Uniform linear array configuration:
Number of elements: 8
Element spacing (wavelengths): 0.25
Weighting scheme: cosine
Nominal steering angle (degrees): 0
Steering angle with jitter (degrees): -1.533
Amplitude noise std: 0.05
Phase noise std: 0.05

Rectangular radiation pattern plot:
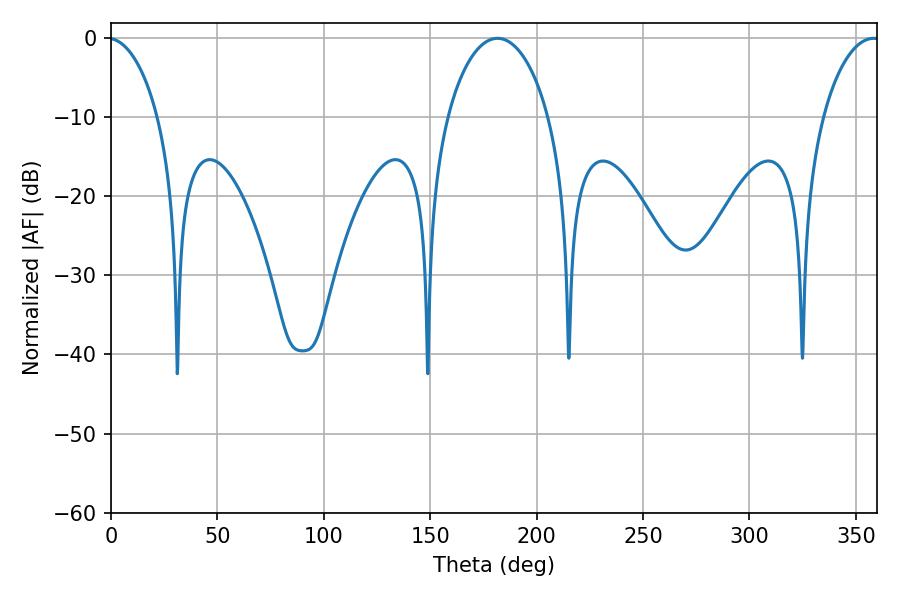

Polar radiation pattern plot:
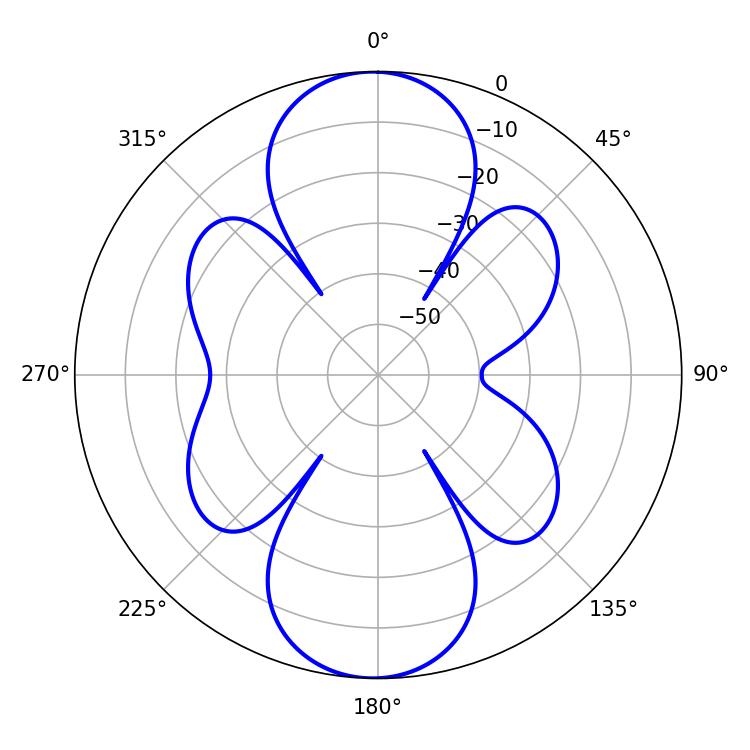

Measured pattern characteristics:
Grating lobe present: FALSE
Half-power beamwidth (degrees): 27.18
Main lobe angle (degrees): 181.62